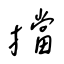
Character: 擋